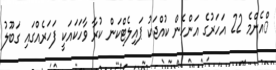
ްއެންމެ 22 އަހަރުގެ އަންހެން ކުއްޖަކު ޕައިލެޓްކަން ކުރާ ވާހަކައަކީ ފަހަރެއްގައި ގަބޫލު